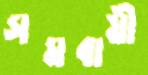
সমবায়ী